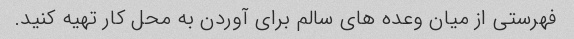
فهرستی از میان وعده های سالم برای آوردن به محل کار تهیه کنید.